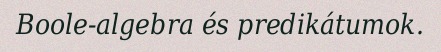
Boole-algebra és predikátumok.